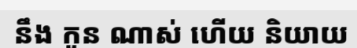
នឹង កូន ណាស់ ហើយ និយាយ